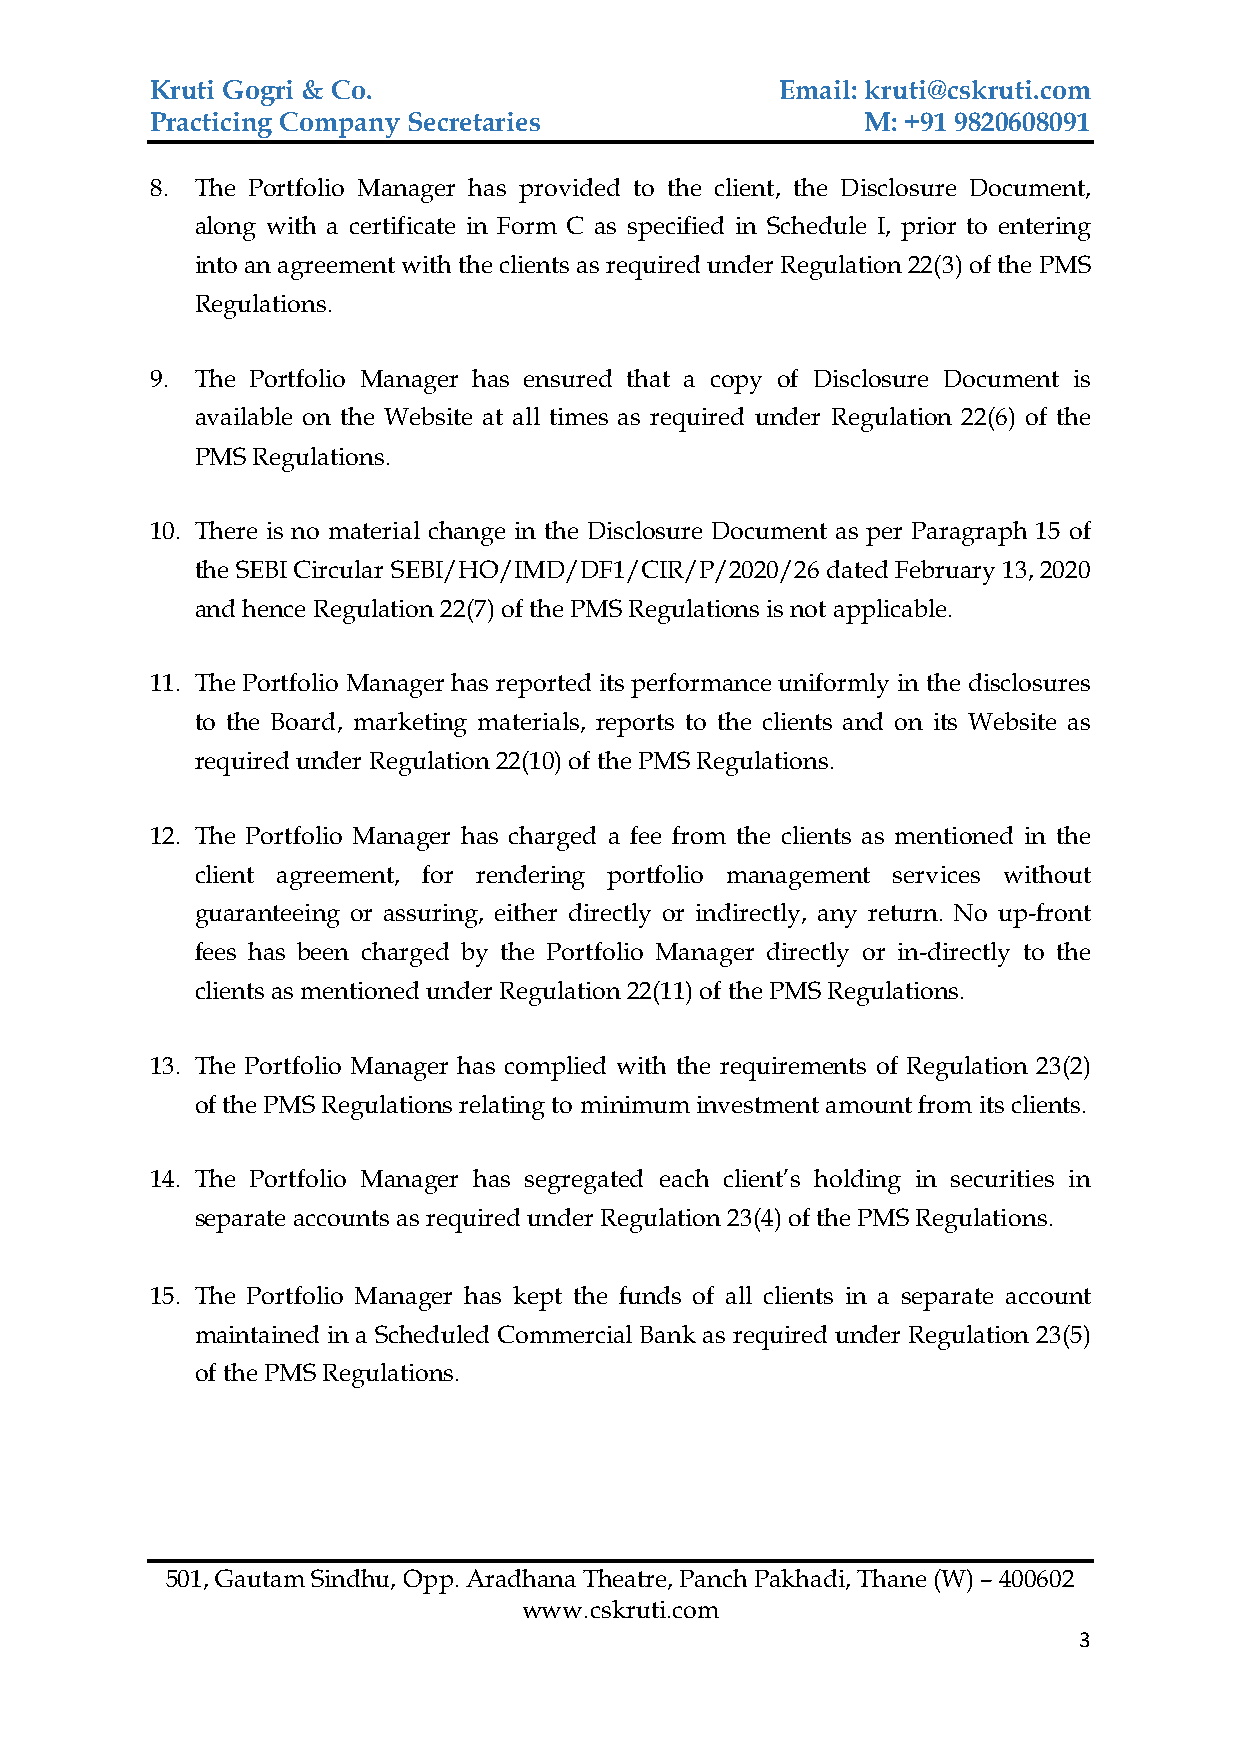
Kruti Gogri & Co.                         Email: kruti@cskruti.com
 Practicing Company Secretaries                 M: +91 9820608091
 8. The Portfolio Manager has provided to the client, the Disclosure Document,
 along with a certificate in Form C as specified in Schedule I, prior to entering
 into an agreement with the clients as required under Regulation 22(3) of the PMS
 Regulations.
 9. The Portfolio Manager has ensured that a copy of Disclosure Document is
 available on the Website at all times as required under Regulation 22(6) of the
 PMS Regulations.
 10. There is no material change in the Disclosure Document as per Paragraph 15 of
 the SEBI Circular SEBI/HO/IMD/DF1/CIR/P/2020/26 dated February 13, 2020
 and hence Regulation 22(7) of the PMS Regulations is not applicable.
 11. The Portfolio Manager has reported its performance uniformly in the disclosures
 to the Board, marketing materials, reports to the clients and on its Website as
 required under Regulation 22(10) of the PMS Regulations.
 12. The Portfolio Manager has charged a fee from the clients as mentioned in the
 client agreement, for rendering portfolio management services without
 guaranteeing or assuring, either directly or indirectly, any return. No up-front
 fees has been charged by the Portfolio Manager directly or in-directly to the
 clients as mentioned under Regulation 22(11) of the PMS Regulations.
 13. The Portfolio Manager has complied with the requirements of Regulation 23(2)
 of the PMS Regulations relating to minimum investment amount from its clients.
 14. The Portfolio Manager has segregated each client’s holding in securities in
 separate accounts as required under Regulation 23(4) of the PMS Regulations.
 15. The Portfolio Manager has kept the funds of all clients in a separate account
 maintained in a Scheduled Commercial Bank as required under Regulation 23(5)
 of the PMS Regulations.
 501, Gautam Sindhu, Opp. Aradhana Theatre, Panch Pakhadi, Thane (W) – 400602
 www.cskruti.com
 3